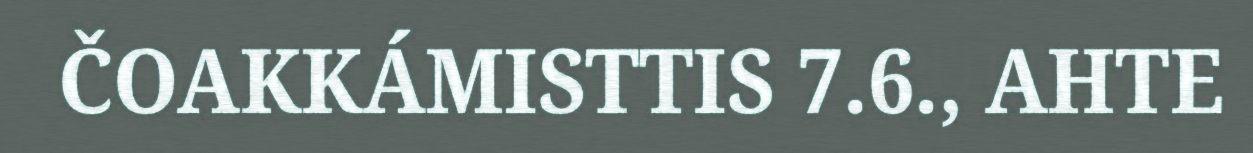
ČOAKKÁMISTTIS 7.6., AHTE